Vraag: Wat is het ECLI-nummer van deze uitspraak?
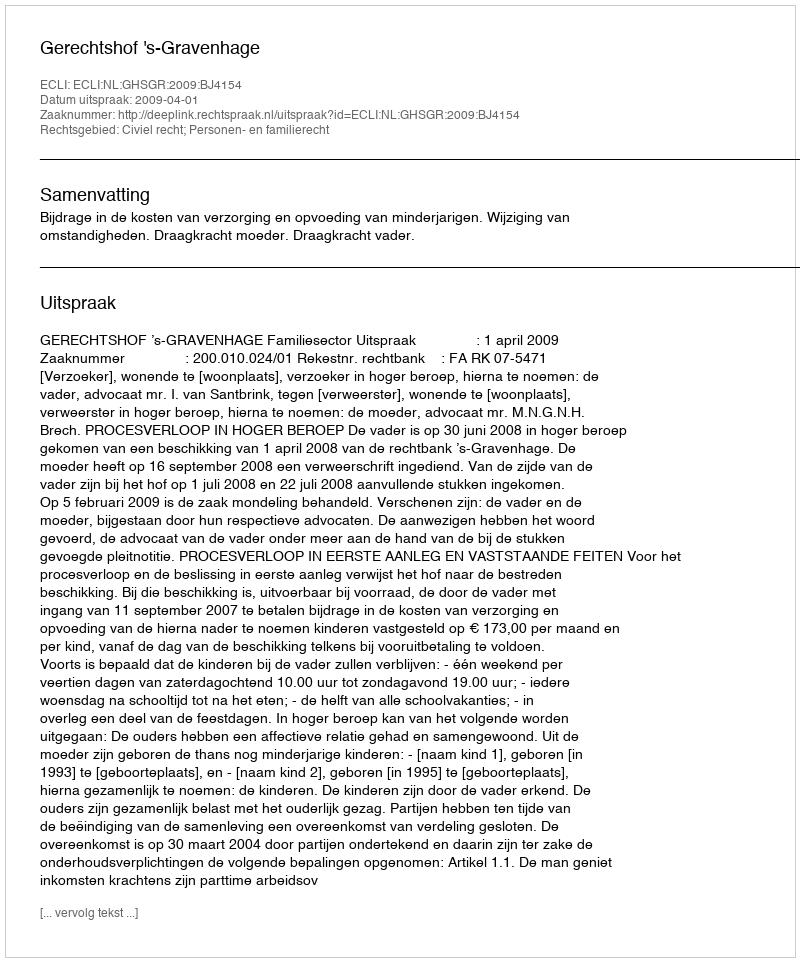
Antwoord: ECLI:NL:GHSGR:2009:BJ4154